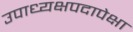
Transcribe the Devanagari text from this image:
उपाध्यक्षपदापेक्षा